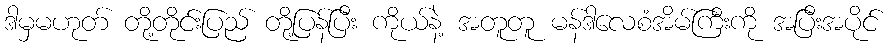
ဒါမှမဟုတ် တို့တိုင်းပြည် တို့ပြန်ပြီး ကိုယ်နဲ့ အတူတူ မန်ဒါလေစံအိမ်ကြီးကို အပြီးအပိုင်